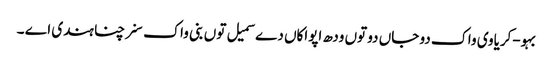
بہو-کریاوی واک دو جاں دو توں ودھ اپواکاں دے سمیل توں بنی واک سنرچنا ہندی اے ۔